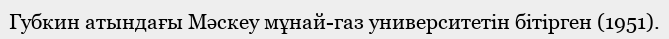
Губкин атындағы Мәскеу мұнай-газ университетін бітірген (1951).